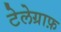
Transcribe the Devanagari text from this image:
टेलेग्राफ़